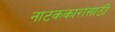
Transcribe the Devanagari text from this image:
नाटककारांसाठी